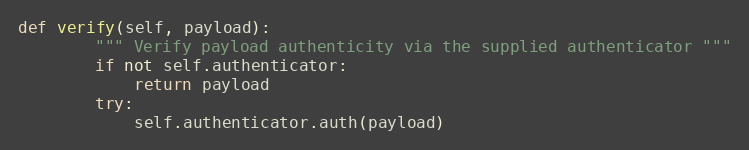
Language: Python
def verify(self, payload):
        """ Verify payload authenticity via the supplied authenticator """
        if not self.authenticator:
            return payload
        try:
            self.authenticator.auth(payload)